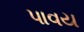
પાવય